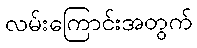
လမ်းကြောင်းအတွက်